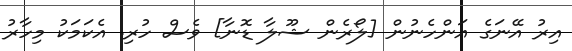
އިރު އޭނަގެ އަންހެނުން [ލޯރެން ޝޫލާ ޑޮނާ] ވެސް ހުރި. އެކަމަކު މިހާރު